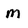
Character: m